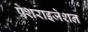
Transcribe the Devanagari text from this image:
प्रेशराइजेशन